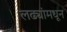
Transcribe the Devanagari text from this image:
लढ्यांमधून